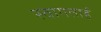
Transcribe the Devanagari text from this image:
स्‍वागतार्ह